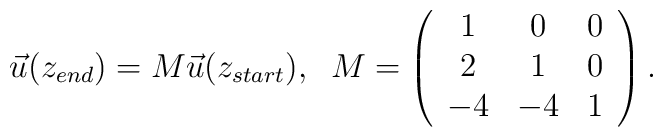
\vec{u}(z_{end})=M \vec{u} (z_{start}), \;\;M=\left( \begin{array}{ccc}                 1&0&0 \\                 2&1&0\\                -4&-4&1          \end{array} \right) .